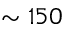
\sim 1 5 0